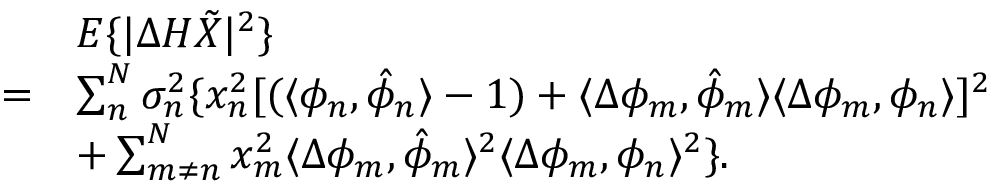
\begin{array} { r l } & { E \{ | \Delta H \tilde { X } | ^ { 2 } \} } \\ { = } & { \sum _ { n } ^ { N } \sigma _ { n } ^ { 2 } \{ x _ { n } ^ { 2 } [ ( \langle \phi _ { n } , \hat { \phi } _ { n } \rangle - 1 ) + \langle \Delta \phi _ { m } , \hat { \phi } _ { m } \rangle \langle \Delta \phi _ { m } , \phi _ { n } \rangle ] ^ { 2 } } \\ & { + \sum _ { m \neq n } ^ { N } x _ { m } ^ { 2 } \langle \Delta \phi _ { m } , \hat { \phi } _ { m } \rangle ^ { 2 } \langle \Delta \phi _ { m } , \phi _ { n } \rangle ^ { 2 } \} . } \end{array}